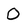
Character: O